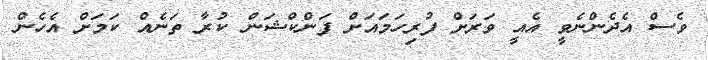
ވެސް އެދެންނެވީ އެއީ ވަރަށް ފުރިހަމައަށް ފަންކްޝަން ކުރާ ތަނެއް ކަމަށް އެހެން